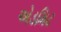
એડમિટ